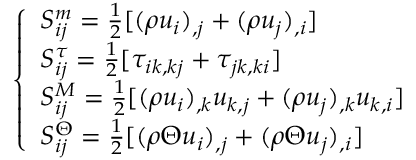
\left\{ \begin{array} { l l } { S _ { i j } ^ { m } = \frac { 1 } { 2 } [ ( \rho u _ { i } ) _ { , j } + ( \rho u _ { j } ) _ { , i } ] } \\ { S _ { i j } ^ { \tau } = \frac { 1 } { 2 } [ \tau _ { i k , k j } + \tau _ { j k , k i } ] } \\ { S _ { i j } ^ { M } = \frac { 1 } { 2 } [ ( \rho u _ { i } ) _ { , k } u _ { k , j } + ( \rho u _ { j } ) _ { , k } u _ { k , i } ] } \\ { S _ { i j } ^ { \Theta } = \frac { 1 } { 2 } [ ( \rho \Theta u _ { i } ) _ { , j } + ( \rho \Theta u _ { j } ) _ { , i } ] } \end{array} \right.